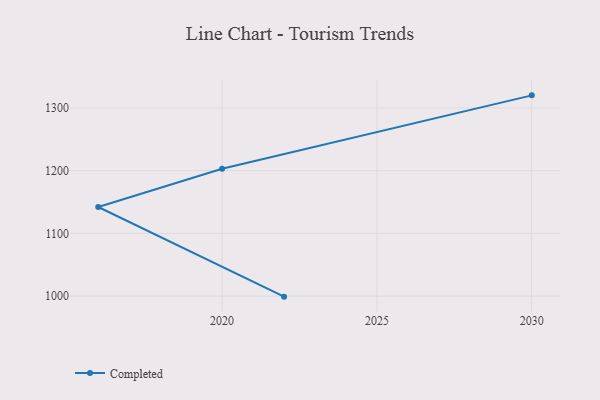
{"axis": {"x": "Year", "y": "Temperature (°C)"}, "legend": ["Completed"], "data": [{"x": "2022", "y": 999.2, "type": "Completed"}, {"x": "2016", "y": 1142.1, "type": "Completed"}, {"x": "2020", "y": 1202.9, "type": "Completed"}, {"x": "2030", "y": 1320.0, "type": "Completed"}]}